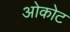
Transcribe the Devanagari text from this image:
ओकोट